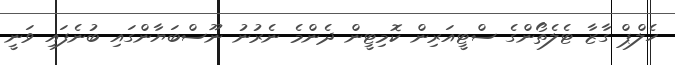
ހެލްޕް ގާޒާ ޓެލެތޯންގެ ސްޓީއަރިން ކޮމިޓީން ދެންމެ ނެރުނު ނޫސްބަޔާންގައި ބުނެފައި ވަނީ